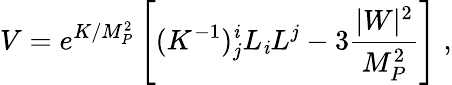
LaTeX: V=e^{K/M_{P}^{2}}\left[(K^{-1})_{j}^{\mathit{i}}L_{\mathit{i}}L^{j}-3\frac{{|W|^{2}}}{{M_{P}^{2}}}\right]\; ,